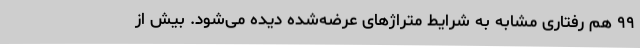
۹۹ هم رفتاری مشابه به شرایط متراژهای عرضه‌شده دیده می‌شود. بیش از